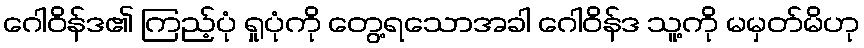
ဂေါဝိန်ဒ၏ ကြည့်ပုံ ရှုပုံကို တွေ့ရသောအခါ ဂေါဝိန်ဒ သူ့ကို မမှတ်မိဟု